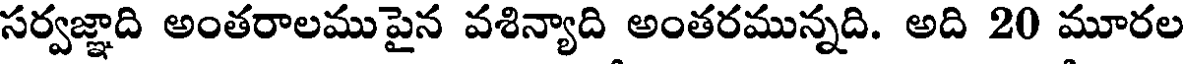
సర్వజ్ఞాది అంతరాలము పైన వశిన్యాది అంతరమున్నది. అది 20 మూరల